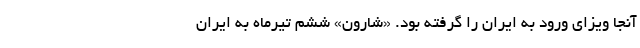
آنجا ویزای ورود به ایران را گرفته بود. «شارون» ششم تیرماه به ایران